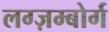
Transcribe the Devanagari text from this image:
लग्ज़म्बोर्ग